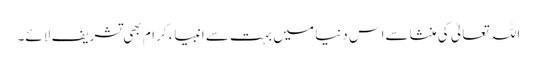
اللہ تعالیٰ کی منشاسےاس دنیا میں بہت سے انبیاء کرام بھی تشریف لائے۔